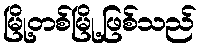
မြို့တစ်မြို့ဖြစ်သည်